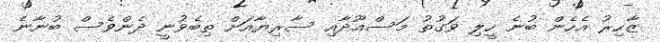
ޒާހިރު އެހެން ބުނެ ހީލި ވަގުތު މަސްޢޫދާއި ސާރިޔާއަށް ތިބެވުނީ ދެންވެސް ބުނާނެ